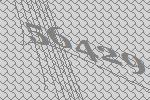
56429